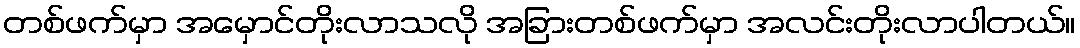
တစ်ဖက်မှာ အမှောင်တိုးလာသလို အခြားတစ်ဖက်မှာ အလင်းတိုးလာပါတယ်။